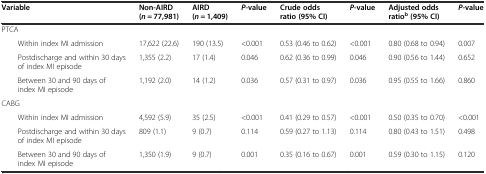
<table><thead><tr><td colspan="2"><b>Variable</b></td><td><b>Non-AIRD (<i>n</i> = 77,981)</b></td><td><b>AIRD (<i>n</i> = 1,409)</b></td><td><b><i>P</i>-value</b></td><td><b>Crude odds ratio (95% CI)</b></td><td><b><i>P</i>-value</b></td><td><b>Adjusted odds ratio<sup>b</sup>(95% CI)</b></td><td><b><i>P</i>-value</b></td></tr></thead><tbody><tr><td colspan="3">PTCA</td><td></td><td></td><td></td><td></td><td></td><td></td></tr><tr><td></td><td>Within index MI admission</td><td>17,622 (22.6)</td><td>190 (13.5)</td><td>&lt;0.001</td><td>0.53 (0.46 to 0.62)</td><td>&lt;0.001</td><td>0.80 (0.68 to 0.94)</td><td>0.007</td></tr><tr><td></td><td>Postdischarge and within 30 days of index MI episode</td><td>1,355 (2.2)</td><td>17 (1.4)</td><td>0.046</td><td>0.62 (0.36 to 0.99)</td><td>0.046</td><td>0.90 (0.56 to 1.44)</td><td>0.652</td></tr><tr><td></td><td>Between 30 and 90 days of index MI episode</td><td>1,192 (2.0)</td><td>14 (1.2)</td><td>0.036</td><td>0.57 (0.31 to 0.97)</td><td>0.036</td><td>0.95 (0.55 to 1.66)</td><td>0.860</td></tr><tr><td colspan="2">CABG</td><td></td><td></td><td></td><td></td><td></td><td></td><td></td></tr><tr><td></td><td>Within index MI admission</td><td>4,592 (5.9)</td><td>35 (2.5)</td><td>&lt;0.001</td><td>0.41 (0.29 to 0.57)</td><td>&lt;0.001</td><td>0.50 (0.35 to 0.70)</td><td>&lt;0.001</td></tr><tr><td></td><td>Postdischarge and within 30 days of index MI episode</td><td>809 (1.1)</td><td>9 (0.7)</td><td>0.114</td><td>0.59 (0.27 to 1.13)</td><td>0.114</td><td>0.80 (0.43 to 1.51)</td><td>0.498</td></tr><tr><td></td><td>Between 30 and 90 days of index MI episode</td><td>1,350 (1.9)</td><td>9 (0.7)</td><td>0.001</td><td>0.35 (0.16 to 0.67)</td><td>0.001</td><td>0.59 (0.30 to 1.15)</td><td>0.120</td></tr></tbody></table>